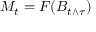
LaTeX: M _ { t } = F ( B _ { t \wedge \tau } )